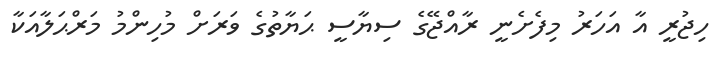
ހިޖުރީ އާ އަހަރު މިފެށެނީ ރާއްޖޭގެ ސިޔާސީ ޙަޔާތުގެ ވަރަށް މުހިންމު މަރްޙަލާއަކާ